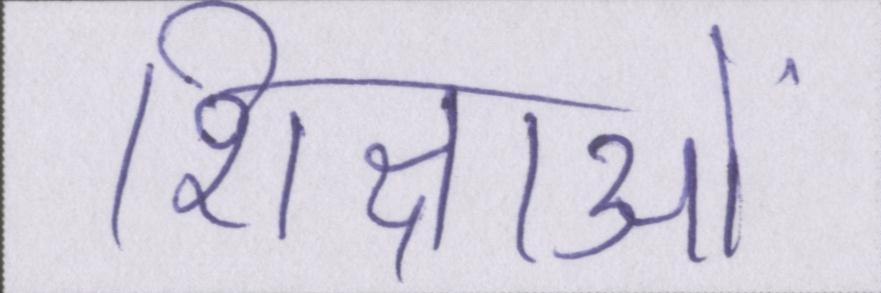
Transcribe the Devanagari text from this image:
शिक्षाओं